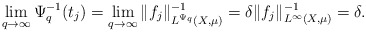
\begin{align*} \lim_{q\rightarrow \infty} \Psi_q^{-1}(t_j)=\lim_{q\rightarrow \infty} \|f_j\|_{L^{\Psi_q}(X,\mu)}^{-1} =\delta\|f_j\|_{L^\infty(X,\mu)}^{-1}=\delta.\end{align*}